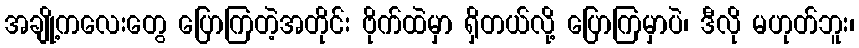
အချို့ကလေးတွေ ပြောကြတဲ့အတိုင်း ဗိုက်ထဲမှာ ရှိတယ်လို့ ပြောကြမှာပဲ၊ ဒီလို မဟုတ်ဘူး၊